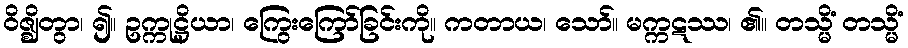
ဝိဇ္ဈိတွာ၊ ၍။ ဥက္ကုဋ္ဌိယာ၊ ကြွေးကြော်ခြင်းကို။ ကတာယ၊ သော်။ မက္ကဋဿ၊ ၏။ တသ္မိံ တသ္မိံ